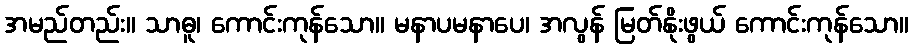
အမည်တည်း။ သာဓူ၊ ကောင်းကုန်သော။ မနာပမနာပေ၊ အလွန် မြတ်နိုးဖွယ် ကောင်းကုန်သော။